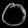
Digit: ၀